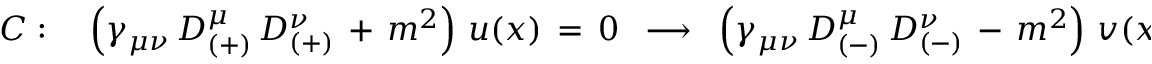
C : \quad \left( \gamma _ { \mu \nu } \, D _ { ( + ) } ^ { \mu } \, D _ { ( + ) } ^ { \nu } \, + \, m ^ { 2 } \right) \, u ( x ) \, = \, 0 \, \, \, \longrightarrow \, \, \, \left( \gamma _ { \mu \nu } \, D _ { ( - ) } ^ { \mu } \, D _ { ( - ) } ^ { \nu } \, - \, m ^ { 2 } \right) \, v ( x ) \, = \, 0 \quad ,